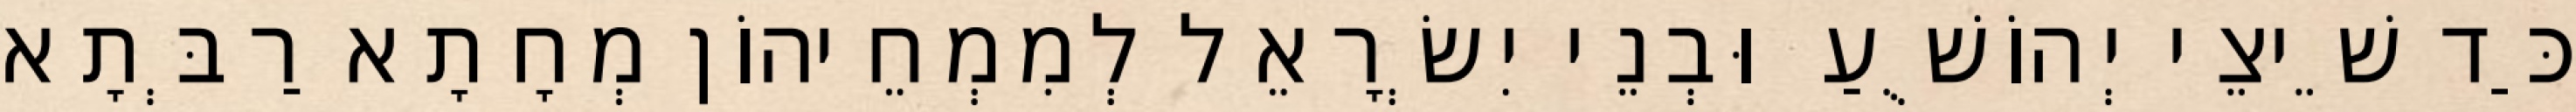
כַּד שֵׁיצֵי יְהוֹשֻׁעַ וּבְנֵי יִשְׂרָאֵל לְמִמְחֵיהוֹן מְחָתָא רַבְּתָא